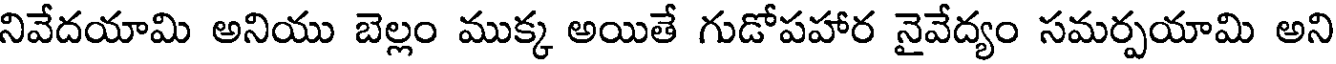
నివేదయామి అనియు బెల్లం ముక్క అయితే గుడోపహార నైవేద్యం సమర్పయామి అని